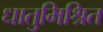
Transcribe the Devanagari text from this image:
धातुमिश्रित